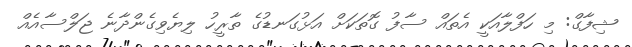
ޝިފާގް: މި ހަފްލާއަކީ އެތައް ސާފު ގޮތަކަށް އަޅުގަނޑުގެ ތާރީހު ލިޔެވިގެންދާނެ ޖަލްސާއެއް